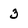
Character: 3